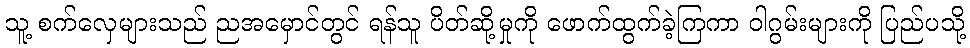
သူ့ စက်လှေများသည် ညအမှောင်တွင် ရန်သူ ပိတ်ဆို့မှုကို ဖောက်ထွက်ခဲ့ကြကာ ဝါဂွမ်းများကို ပြည်ပသို့